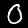
Digit: 0